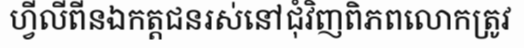
ហ្វីលីពីនឯកត្តជនរស់នៅជុំវិញពិភពលោកត្រូវ